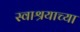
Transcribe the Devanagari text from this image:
स्वाश्रयाच्या